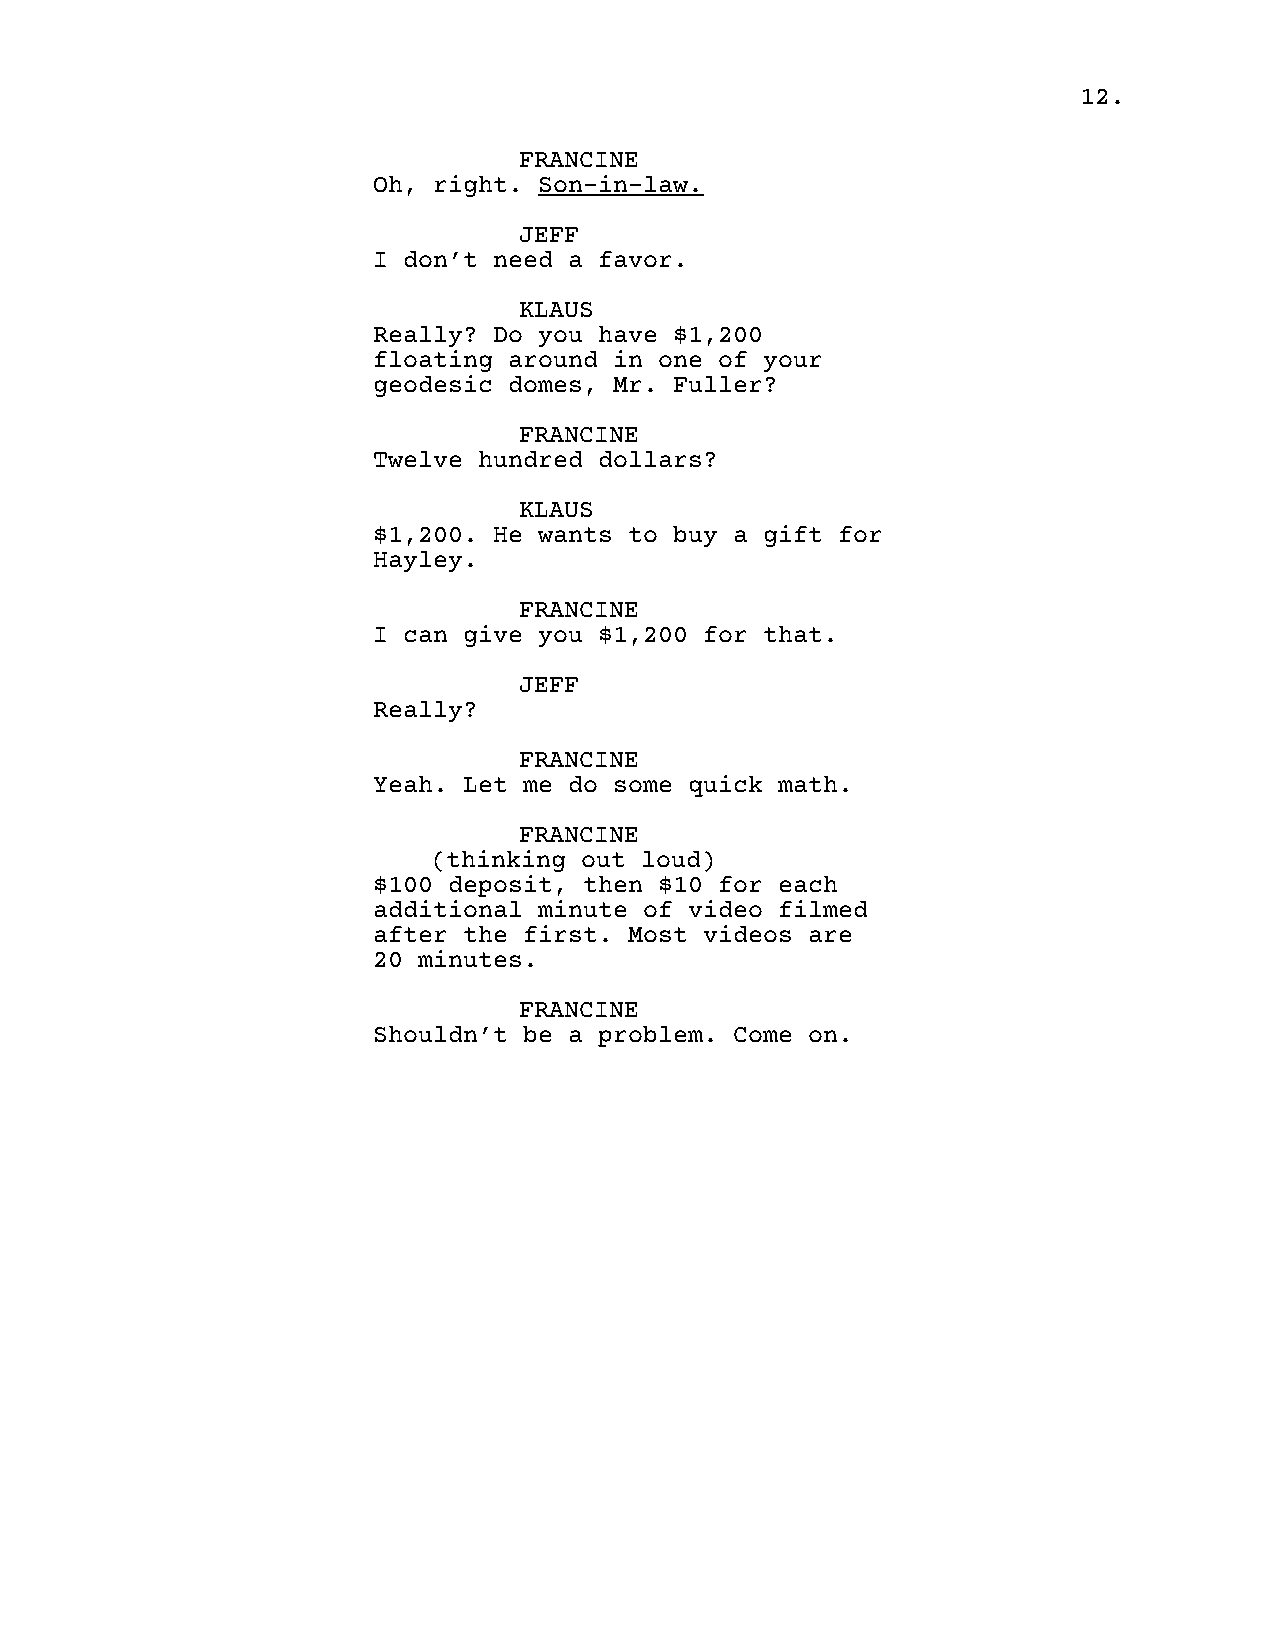
12.
 FRANCINE
 Oh, right. Son-in-law.
 JEFF
 I don’t need a favor.
 KLAUS
 Really? Do you have $1,200
 floating around in one of your
 geodesic domes, Mr. Fuller?
 FRANCINE
 Twelve hundred dollars?
 KLAUS
 $1,200. He wants to buy a gift for
 Hayley.
 FRANCINE
 I can give you $1,200 for that.
 JEFF
 Really?
 FRANCINE
 Yeah. Let me do some quick math.
 FRANCINE
 (thinking out loud)
 $100 deposit, then $10 for each
 additional minute of video filmed
 after the first. Most videos are
 20 minutes.
 FRANCINE
 Shouldn’t be a problem. Come on.